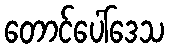
တောင်ပေါ်ဒေသ